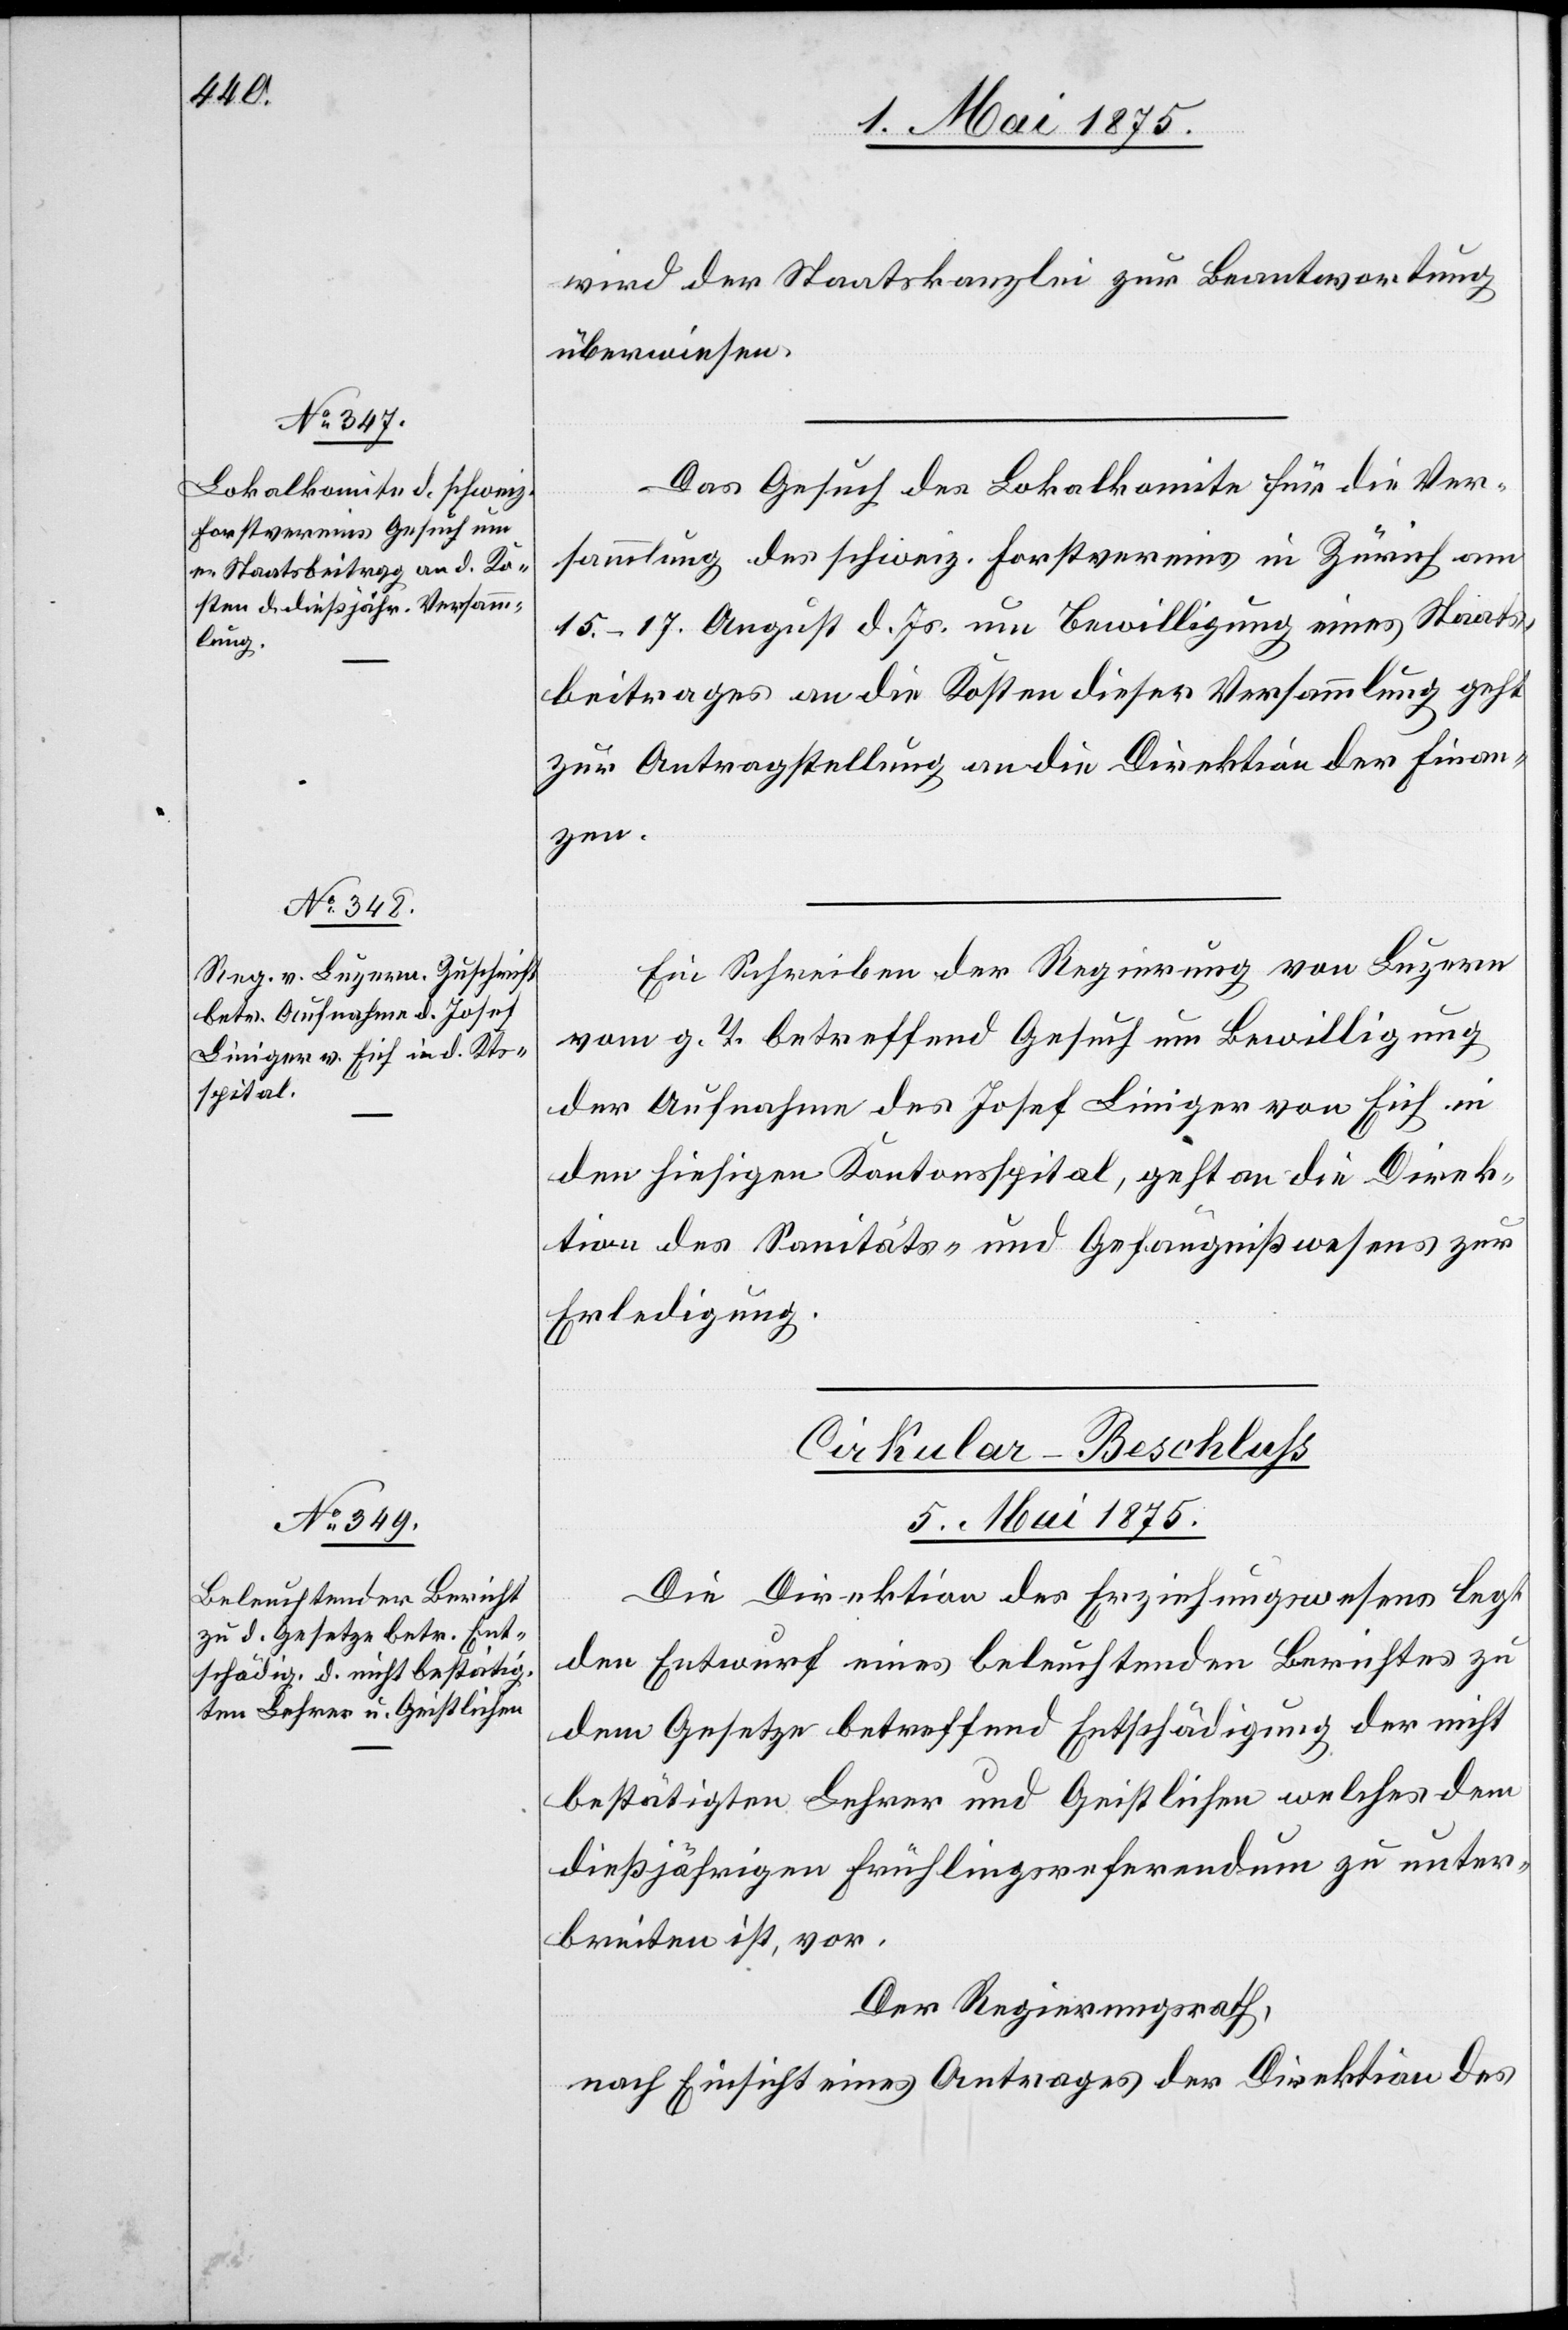
wird der Staatskanzlei zur Beantwortung
überwiesen.
Das Gesuch des Lokalkomite für die Ver¬
sammlung des schweiz. Forstvereins in Zürich am
15.–17. August d. Js. um Bewilligung eines Staats¬
beitrages an die Kosten dieser Versammlung geht
zur Antragstellung an die Direktion der Finan¬
zen.
Ein Schreiben der Regierung von Luzern
vom g. T. betreffend Gesuch um Bewilligung
der Aufnahme des Josef Liniger von Eich in
den hiesigen Kantonsspital, geht an die Direk¬
tion des Sanitäts- und Gefängnißwesens zur
Erledigung.
Cirkular-Beschluß
5. Mai 1875.
Die Direktion des Erziehungswesens legt
den Entwurf eines beleuchtenden Berichtes zu
dem Gesetze betreffend Entschädigung der nicht
bestätigten Lehrer und Geistlichen welches dem
dießjährigen Frühlingsreferendum zu unter¬
breiten ist, vor.
Der Regierungsrath,
nach Einsicht eines Antrages der Direktion des